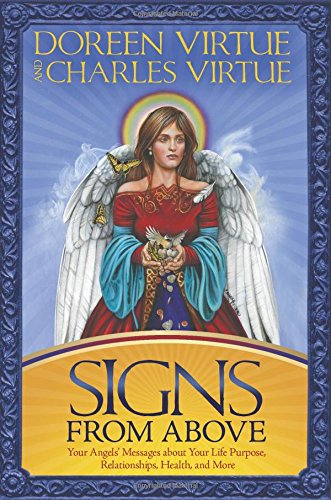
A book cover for Signs From Above: Your Angels' Messages about Your Life Purpose, Relationships, Health, and More; Doreen Virtue; Religion & Spirituality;